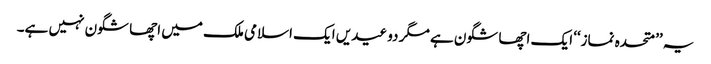
یہ ’’متحدہ نماز‘‘ ایک اچھا شگون ہے مگر دو عیدیں ایک اسلامی ملک میں اچھا شگون نہیں ہے۔